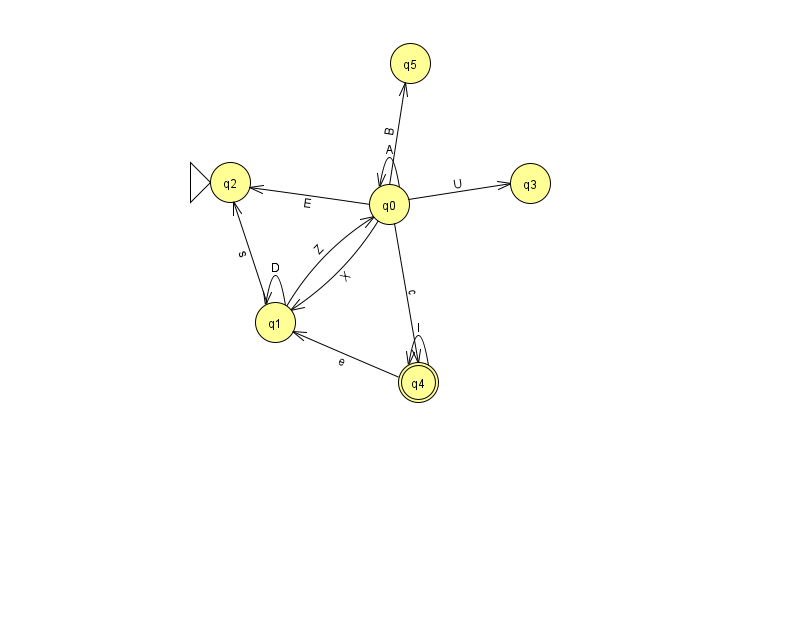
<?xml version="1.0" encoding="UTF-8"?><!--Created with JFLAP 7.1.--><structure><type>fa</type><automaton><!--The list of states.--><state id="0" name="q0"><x>389.0</x><y>191.0</y></state><state id="1" name="q1"><x>275.0</x><y>309.0</y></state><state id="2" name="q2"><x>230.0</x><y>169.0</y><initial/></state><state id="3" name="q3"><x>530.0</x><y>170.0</y></state><state id="4" name="q4"><x>418.0</x><y>369.0</y><final/></state><state id="5" name="q5"><x>410.0</x><y>50.0</y></state><!--The list of transitions.--><transition><from>0</from><to>1</to><read>X</read></transition><transition><from>0</from><to>0</to><read>A</read></transition><transition><from>1</from><to>0</to><read>Z</read></transition><transition><from>0</from><to>3</to><read>U</read></transition><transition><from>1</from><to>1</to><read>D</read></transition><transition><from>4</from><to>1</to><read>e</read></transition><transition><from>0</from><to>2</to><read>E</read></transition><transition><from>1</from><to>2</to><read>s</read></transition><transition><from>0</from><to>4</to><read>c</read></transition><transition><from>0</from><to>5</to><read>B</read></transition><transition><from>4</from><to>4</to><read>l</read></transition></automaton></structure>